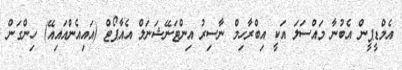
އެމްޑީޕީން އެބުނާ މައްސަލަ އަކީ އިބްރާހިމް ނާސިރު އިންޓަނޭޝަނަލް އެއާޕޯޓް (އައިއެންއައިއޭ) ހިންގަން